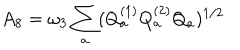
A _ { 8 } = \omega _ { 3 } \sum _ { a } ( Q _ { a } ^ { ( 1 ) } Q _ { a } ^ { ( 2 ) } Q _ { a } ) ^ { 1 / 2 }